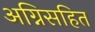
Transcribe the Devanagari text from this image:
अग्निसहित